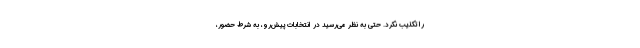
را تکذیب نکرد. حتی به نظر می‌رسید در انتخابات پیش‌رو، به شرط حضور،